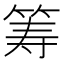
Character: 筹